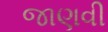
જાણવી